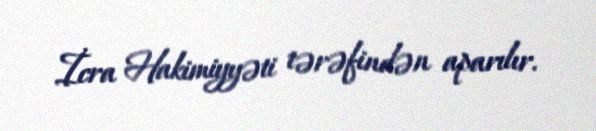
İcra Hakimiyyəti tərəfindən aparılır.